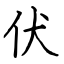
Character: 伏